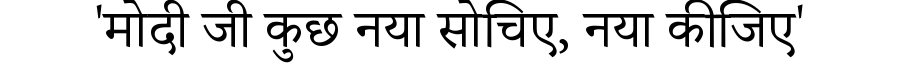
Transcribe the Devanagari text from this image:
'मोदी जी कुछ नया सोचिए, नया कीजिए'